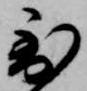
到